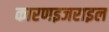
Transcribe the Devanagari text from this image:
कारणइजराइल